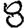
Digit: 8